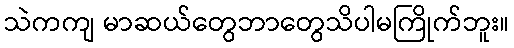
သဲကကျ မာဆယ်တွေဘာတွေသိပါမကြိုက်ဘူး။